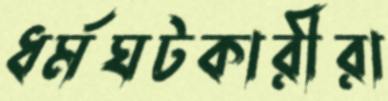
ধর্মঘটকারীরা